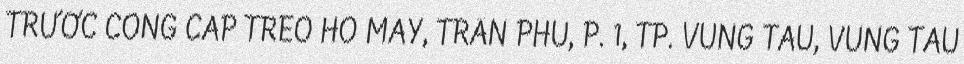
TRƯỚC CỔNG CÁP TREO HỒ MÂY, TRẦN PHÚ, P. 1, TP. VŨNG TÀU, VŨNG TÀU